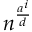
n ^ { \frac { a ^ { i } } { d } }